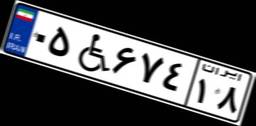
۰۵W۶۷۴۱۸